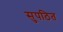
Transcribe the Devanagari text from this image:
सुपठित